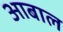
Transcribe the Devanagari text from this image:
आबाल